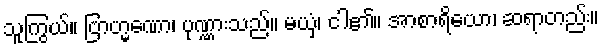
သူကြွယ်။ ဗြာဟ္မဏော၊ ပုဏ္ဏားသည်။ မယှံ၊ ငါ၏။ အာစာရိယော၊ ဆရာတည်း။